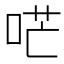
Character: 𠴏